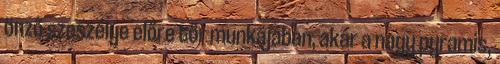
önző szeszélye előre tör munkájában, akár a nagy pyramis,